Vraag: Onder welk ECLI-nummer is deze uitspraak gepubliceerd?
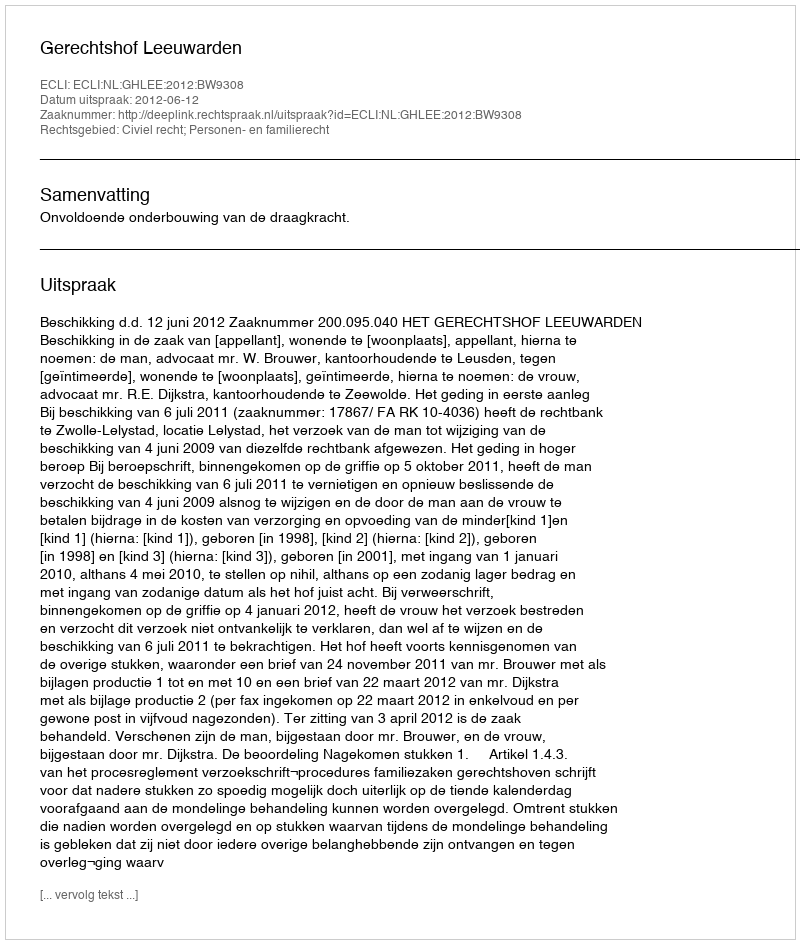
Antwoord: ECLI:NL:GHLEE:2012:BW9308